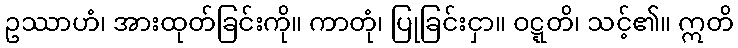
ဥဿာဟံ၊ အားထုတ်ခြင်းကို။ ကာတုံ၊ ပြုခြင်းငှာ။ ဝဋ္ဋတိ၊ သင့်၏။ ဣတိ